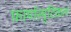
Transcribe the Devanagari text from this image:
फ़ार्मास्यूटिकल